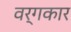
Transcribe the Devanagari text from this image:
वर्गकार